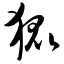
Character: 狐